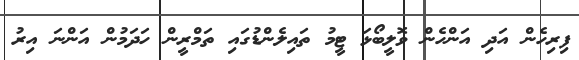
ފިރިހެން އަދި އަންހެން ވޮލީބޯޅަ ޓީމު ތައިލެންޑުގައި ތަމްރީން ހަދަމުން އަންނަ އިރު